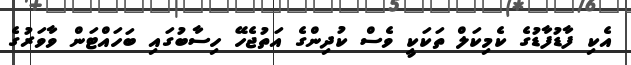
އެކި ފާޑުފާޑުގެ ކެމިކަލް ތަކަކީ ވެސް ކުދިންގެ އަތުޖެހޭ ހިސާބުގައި ބަހައްޓަން ވާވަރުގެ